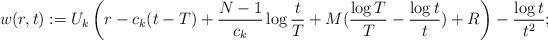
LaTeX: \begin{align*}w(r,t):=U_{k}\left(r-c_{k}(t-T)+\frac{N-1}{c_{k}}\log \frac tT+M(\frac{\log T}T-\frac{\log t} t)+R\right)-\frac{\log t}{t^2};\end{align*}